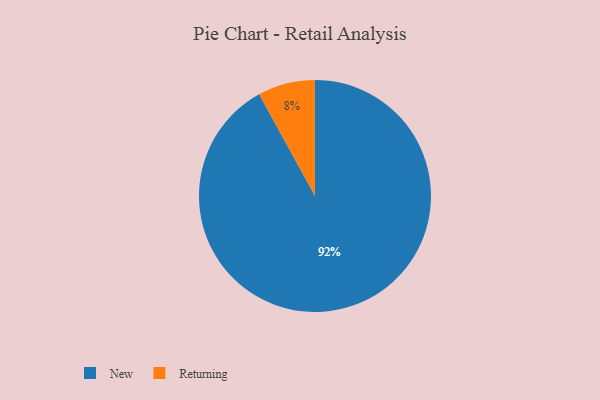
{"axis": {"x": "Category", "y": "Percentage"}, "legend": ["New", "Returning"], "data": [{"x": "New", "y": 92, "type": "New"}, {"x": "Returning", "y": 8, "type": "Returning"}]}